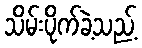
သိမ်းပိုက်ခဲ့သည့်